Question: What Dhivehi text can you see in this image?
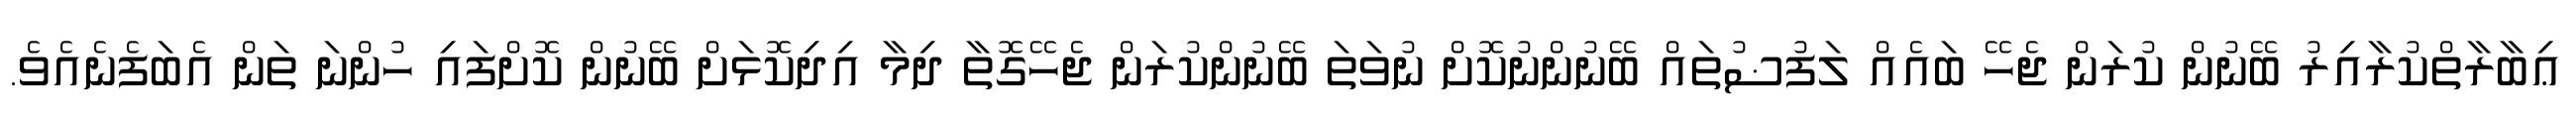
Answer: ޢިބާރާތްކުރާއިރު ބޭނުން ކުރަން ޖެހޭ ބައެއް ލަފުޟުތައް ބޭނުންނުކޮށް ނުވަތަ ބޭނުންކުރަން ޖެހޭގޮތާ ދިމާ އިދިކޮޅަށް ބޭނުން ކޮށްފައި ހުންނަ ތަން އެބަފެނެއެވެ.